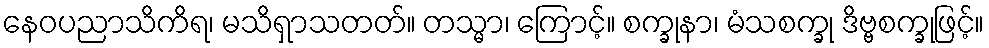
နေဝပညာသိကိရ၊ မသိရှာသတတ်။ တသ္မာ၊ ကြောင့်။ စက္ခုနာ၊ မံသစက္ခု ဒိဗ္ဗစက္ခုဖြင့်။